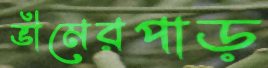
ভীমেরপাড়